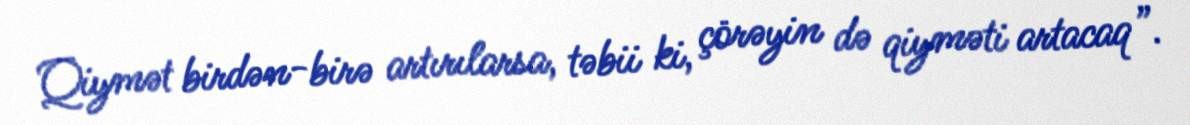
Qiymət birdən-birə artırılarsa, təbii ki, çörəyin də qiyməti artacaq”.